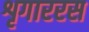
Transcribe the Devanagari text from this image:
शृगाररस